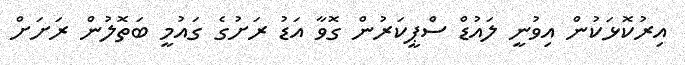
އިރުކޮޅަކުން އިވުނީ ލައުޑް ސްޕީކަރުން ގޮވާ އަޑު ރަށުގެ ގައުމީ ބަތޮލުން ރަށަށް